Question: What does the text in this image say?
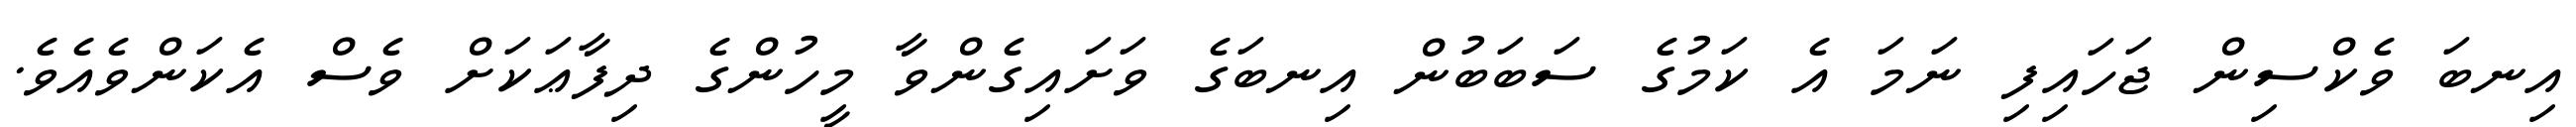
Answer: އިނބަ ވެކްސިން ޖަހައިފި ނަމަ އެ ކަމުގެ ސަބަބުން އިނބަގެ ވަށައިގެންވާ މީހުންގެ ދިފާޢަކަށް ވެސް އެކަންވެއެވެ.